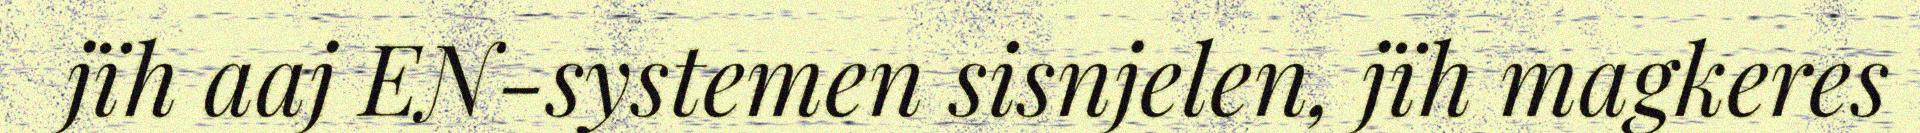
jïh aaj EN-systemen sisnjelen, jïh magkeres